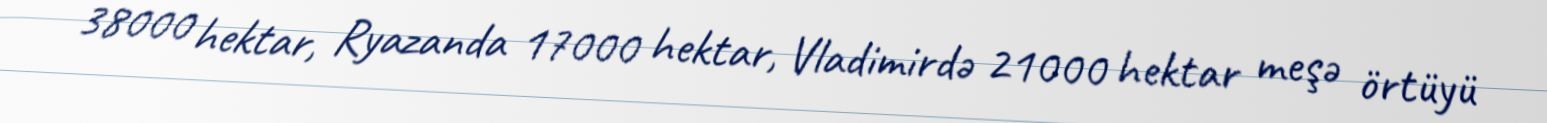
38000 hektar, Ryazanda 17000 hektar, Vladimirdə 21000 hektar meşə örtüyü